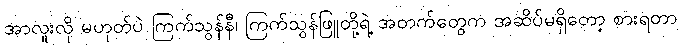
အာလူးလို မဟုတ်ပဲ ကြက်သွန်နီ၊ ကြက်သွန်ဖြူတို့ရဲ့ အတက်တွေက အဆိပ်မရှိတော့ စားရတာ